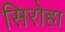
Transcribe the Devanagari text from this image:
सिरोहा